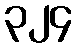
၃၂၄